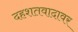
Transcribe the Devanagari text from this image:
दहशतवादावर